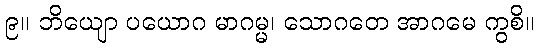
၉။ ဘိယျော ပယောဂ မာဂမ္မ၊ သောဂတေ အာဂမေ ကွစိ။